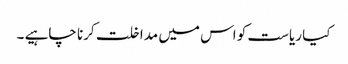
کیا ریاست کو اس میں مداخلت کرنا چاہیے ۔